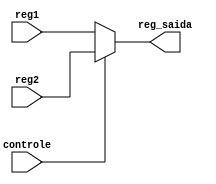
module MuxRegDst(
    input[4:0] reg1, reg2,
    input controle,
    output[4:0] reg_saida
);

    reg [4:0] reg_auxiliar;
    
    always @(*) begin
        if(controle) begin
            reg_auxiliar = reg2;
        end
        else begin
            reg_auxiliar = reg1;
        end

    end

    assign reg_saida = reg_auxiliar;
	 
endmodule